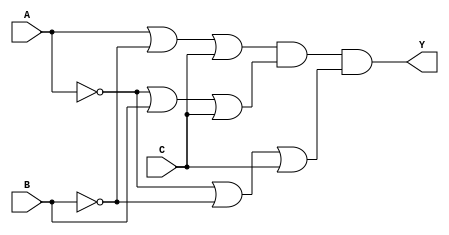
module pos_logic (
    input wire A,
    input wire B,
    input wire C,
    output wire Y
);

// Intermediate signals for the sum terms
wire sum_term1;
wire sum_term2;
wire sum_term3;

// Define the sum terms using OR gates
assign sum_term1 = A | (~B) | C;  // (A + B' + C)
assign sum_term2 = (~A) | B | C;  // (A' + B + C)
assign sum_term3 = (~A) | (~B) | C; // (A' + B' + C)

// Final output using AND gate
assign Y = sum_term1 & sum_term2 & sum_term3; // Combine sum terms with AND

endmodule